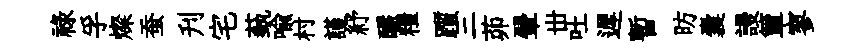
祿孚燦蚕刋宅蓺喻村謹紓釅糧躓三茆翬丗吐遲暫昉囊謾簞寥